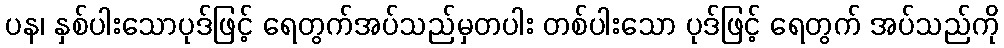
ပန၊ နှစ်ပါးသောပုဒ်ဖြင့် ရေတွက်အပ်သည်မှတပါး တစ်ပါးသော ပုဒ်ဖြင့် ရေတွက် အပ်သည်ကို